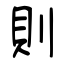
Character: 則